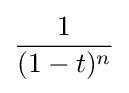
{\frac {1}{(1-t)^{n}}}